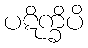
ပဋိက္ခိပိ